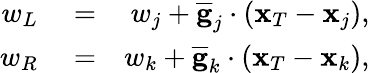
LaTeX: \begin{array}{rlr}{w_{L}}&{{}=}&{w_{j}+\overline{{\mathbf g}}_{j}\cdot({\mathbf x}_{T}-{\mathbf x}_{j}),}\\ {w_{R}}&{{}=}&{w_{k}+\overline{{\mathbf g}}_{k}\cdot({\mathbf x}_{T}-{\mathbf x}_{k}),}\end{array}